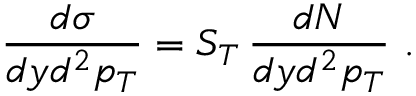
\frac { d \sigma } { d y d ^ { 2 } p _ { T } } = S _ { T } \, \frac { d N } { d y d ^ { 2 } p _ { T } } \ .